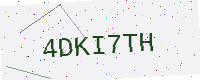
Text: 4DKI7TH